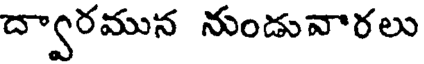
ద్వారమున నుండువారలు